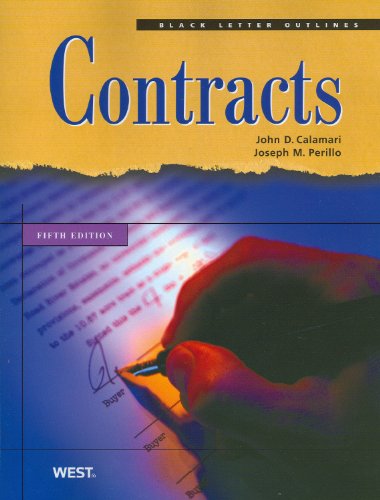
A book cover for Black Letter Outline on Contracts; Joseph Perillo; Law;